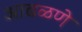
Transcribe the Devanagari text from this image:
आढळणे